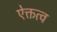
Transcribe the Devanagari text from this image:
ऐक्तत्व